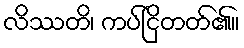
လိဿတိ၊ ကပ်ငြိတတ်၏။